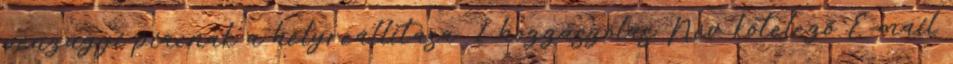
pénzügyi piacnak a helyreállítása. 1 hozzászólás Név kötelező E-mail